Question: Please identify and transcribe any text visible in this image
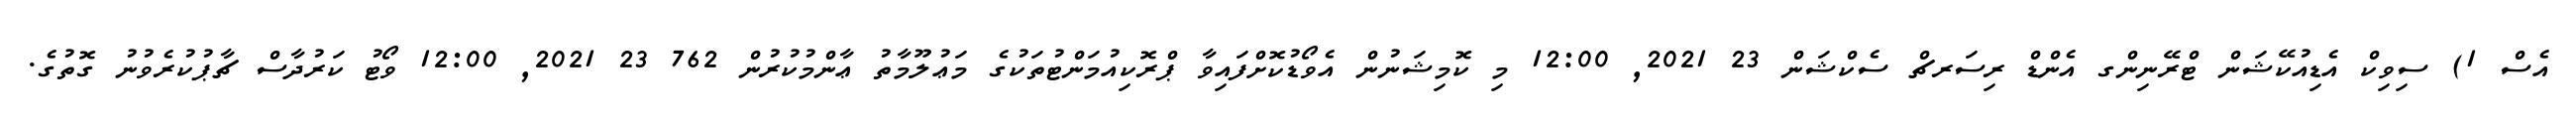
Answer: އެސް 1) ސިވިކް އެޑިއުކޭޝަން ޓްރޭނިންގ އެންޑް ރިސަރޗް ސެކްޝަން 23 2021, 12:00 މި ކޮމިޝަނުން އެވޯޑުކޮށްފައިވާ ޕްރޮކިއުމަންޓުތަކުގެ މަޢުލޫމާތު ޢާންމުކުރުން 762 23 2021, 12:00 ވޯޓު ކަރުދާސް ޗާޕުކުރެވުނު ގޮތުގެ.